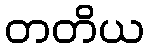
တတိယ